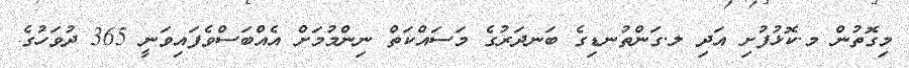
މިގޮތުން މ.ކޮޅުފުށި އަދި ލ.ގަންތުނޑިގެ ބަނދަރުގެ މަސައްކަތް ނިންމުމަށް އެއްބަސްވެފައިވަނީ 365 ދުވަހުގެ